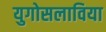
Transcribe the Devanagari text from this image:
युगोसलाविया